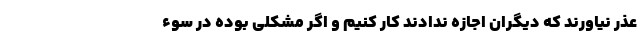
عذر نیاورند که دیگران اجازه ندادند کار کنیم و اگر مشکلی بوده در سوء